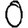
Digit: 0